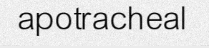
apotracheal